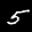
Label: 5